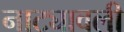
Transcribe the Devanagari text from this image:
नाट्यावली